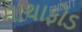
માથાફોડ